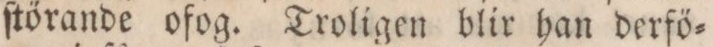
ſtörande ofog. Troligen blir han derfö=